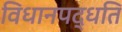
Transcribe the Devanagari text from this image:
विधानपद्धति